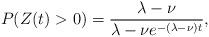
LaTeX: \begin{align*}P(Z(t) > 0) = \frac{\lambda - \nu}{\lambda - \nu e^{-(\lambda - \nu) t}},\end{align*}